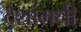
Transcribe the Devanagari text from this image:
देशांमधी